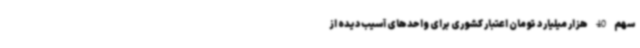
سهم 40 هزار میلیارد تومان اعتبار کشوری برای واحدهای آسیب‌دیده از